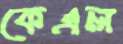
কেএল